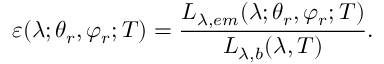
\varepsilon ( \lambda ; \theta _ { r } , \varphi _ { r } ; T ) = \frac { L _ { \lambda , e m } ( \lambda ; \theta _ { r } , \varphi _ { r } ; T ) } { L _ { \lambda , b } ( \lambda , T ) } \mathrm { . }